Civil Veterinary Dept. Assam report 1911-1927 - 1911-1927
Year: 1911
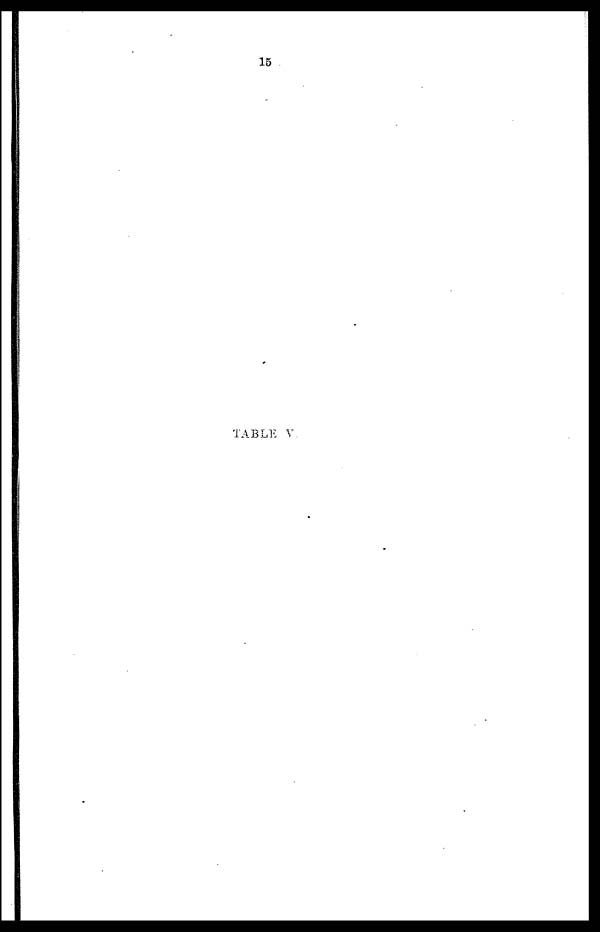
TABLE V